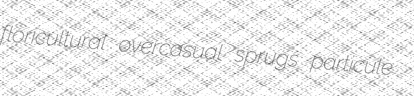
floricultural overcasual sprugs particule